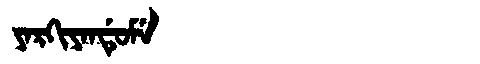
Manchu: ᠶᠠᡵᡴᡳᠶᠠᠨᡩᡠᠮᡝ
Romanization: YARKIYANDUME